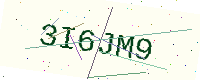
Text: 3I6JM9